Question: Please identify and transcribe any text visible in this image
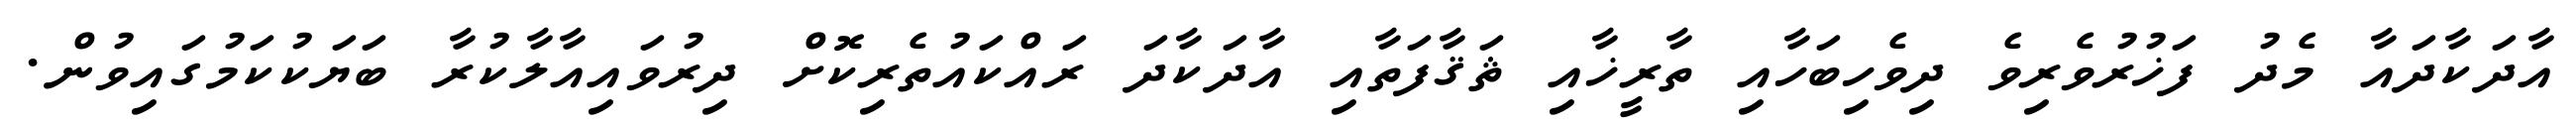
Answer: އާދަކާދައާ މެދު ފަޚުރުވެރިވެ ދިވެހިބަހާއި ތާރީޚާއި ޘަޤާފަތާއި އާދަކާދަ ރައްކައުތެރިކޮށް ދިރުވައިއާލާކުރާ ބަޔަކުކަމުގައިވުން.